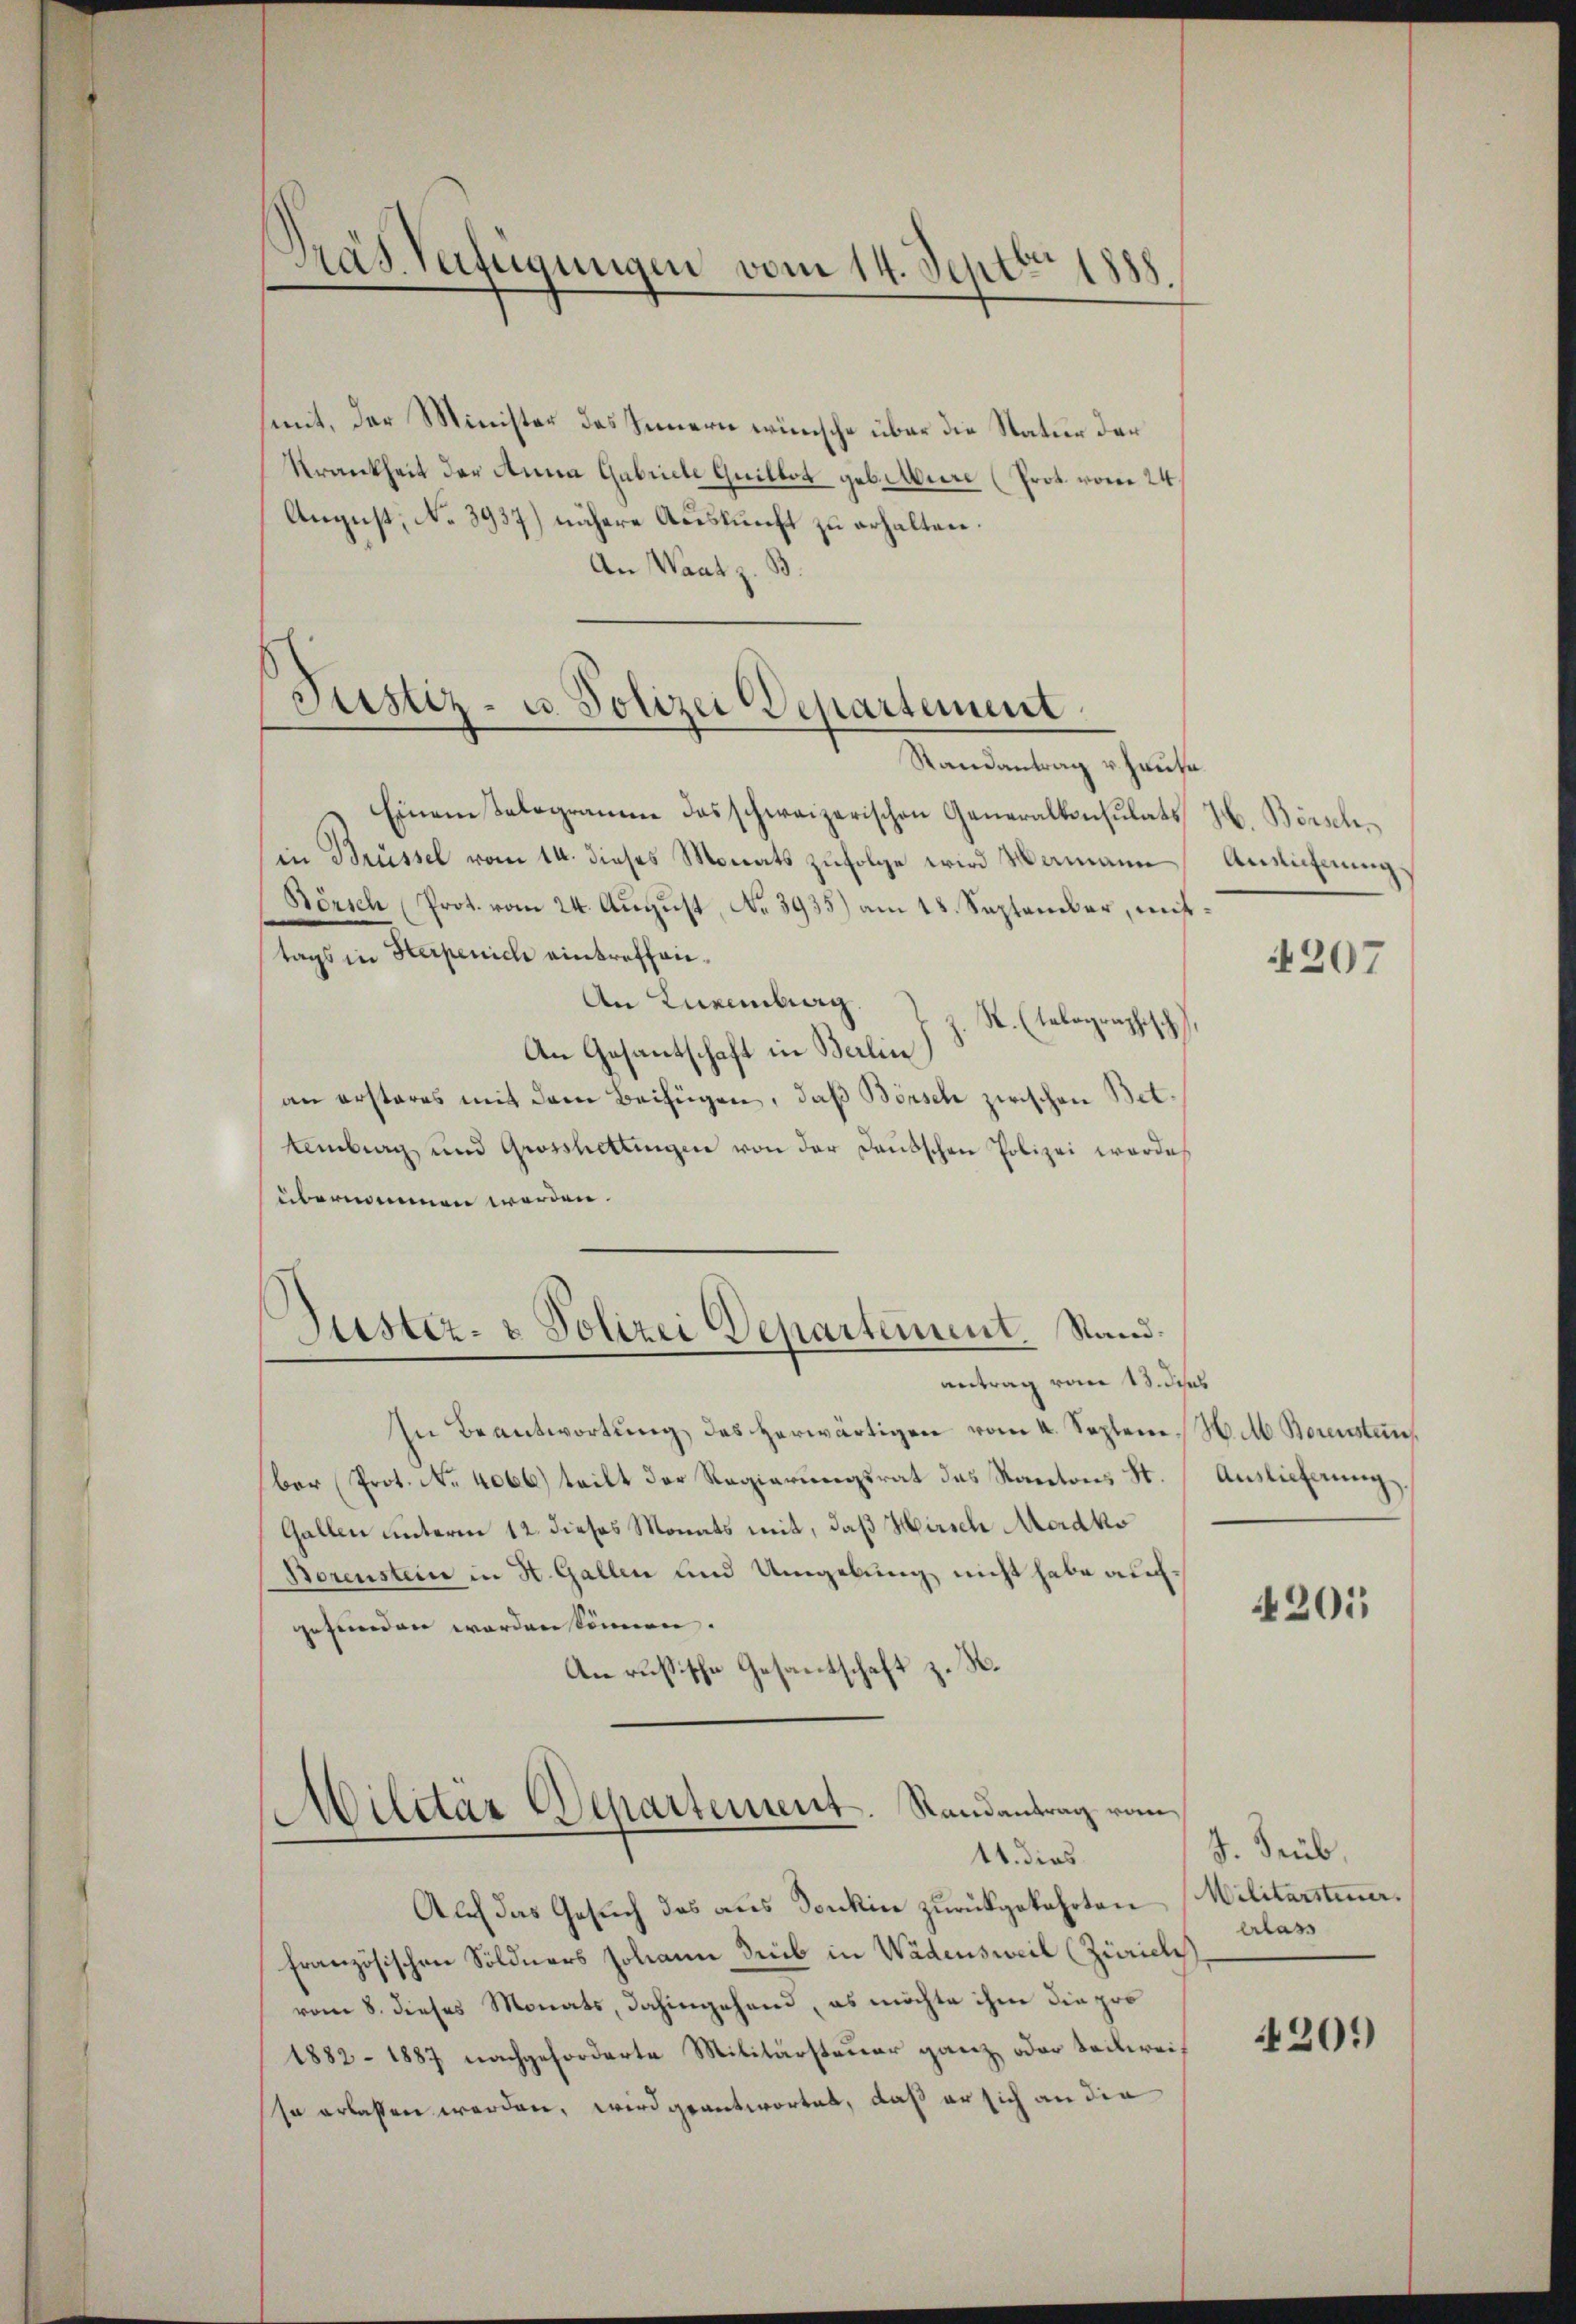
Dräs. Verfügungen vom 14. Septbr. 1888.

set. Der Minister das Innern wünsche über die Natur der
Krankheit der Anna Gabriete Guillet gebiture (Prot. vom 24.
August, No 3937) nähere Auskunft zu erhalten.
An Waat z. B.

Justiz- u. Polizei Departement
Randantrag v. Hause

Justiz- & Polizei Departement. Stand.

Einem Telegramme das schweizerischen Generalkonsulats
in Brüssel vom 14. dieses Monats zufolge wird Mamann
Börsch (Prot. vom 24. August, No 3935) am 18. September, mittags in Superich eintreffen.
An Luxenberg.
R. (talographisch
An Gesantschaft in Berlin)
an ersteres mit dem Beifügen, daß Börsch zwischen Betemberg und Grosshettingen von der Deutschen Polizei worde
übernommen werden.
antrag vom 13. das
In Beantwortŭng des herwärtigen vom 4. Septem H. M. Borensten
ber Prot. No. 4066) teilt der Regierungsrat das Kantons St.
Gallen unterm 12. dieses Monats mit, daß Hirsch Mordko
Borenstein in St. Gallen und Umgebung nicht habe auch
gefunden worden können.
An russische Gesantschaft z. B.
Militär Departement. Randantrag von
11. dies
Auch das Gesuch das aus Sonkin zurückgekehrten
französischen Söldners Johann deib in Wädensweil (Züricli
vom 8. dieses Monats, dahingehand, es möchte ihm die pro
1882 - 1887 nachgeforderte Militärsteuer ganz oder teilweiso erlassen werden, wird geantwortet, daß er sich an die

H. Börsch
Auslichnung

4207

Auslieferung.

4201

J. Trüb.
Militärsteuer.
erlass

201)